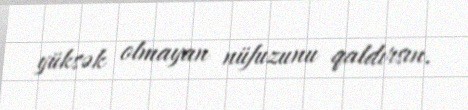
yüksək olmayan nüfuzunu qaldırsın.